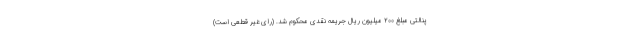
پنالتی مبلغ ۲۰۰ میلیون ریال جریمه نقدی محکوم شد. (رای غیر قطعی است)